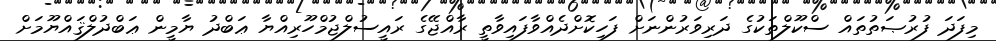
މިފަދަ ފުރުޞަތުތައް ސްކޫލްތަކުގެ ދަރިވަރުންނަށް ފަހިކޮށްދެއްވާފައިވާތީ ރާއްޖޭގެ ރައީސުލްޖުމްހޫރިއްޔާ ޢަބްދު ޔާމީން ޢަބްދުލްޤައްޔޫމަށް